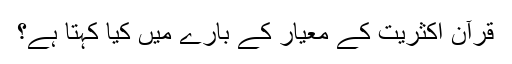
قرآن اکثریت کے معیار کے بارے میں کیا کہتا ہے؟